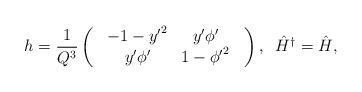
LaTeX: \begin{align*}h=\frac{1}{Q^3}\left(\begin{array}{c}\begin{array}{cc}-1-{y^{\prime}}^2&y^{\prime}{\phi}^{\prime}\\y^{\prime}{\phi}^{\prime}&1-{{\phi}^{\prime}}^2\\\end{array}\end{array}\right),\;\;{\hat H}^{\dagger}={\hat H},\end{align*}